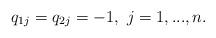
LaTeX: \begin{align*}q_{1j}=q_{2j}=-1, \ j=1,...,n.\end{align*}